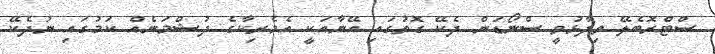
ސްޓްރޮބެލޭ ވިދާޅުވީ ސްނޯޑަން ދެކޭ ގޮތުގައި އޭނާއަކީ އެމެރިކާގެ ދުޝްމަނެއް ކަމުގައި ނުދެކޭ